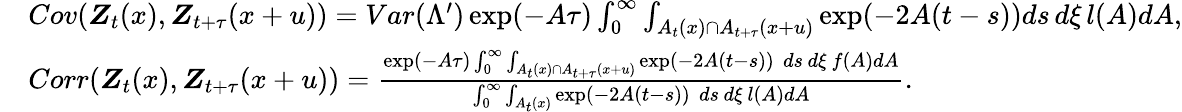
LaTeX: \begin{array}{rl}&{Cov(\boldsymbol{Z}_{t}(x),\boldsymbol{Z}_{t+\tau}(x+u))=Var(\Lambda^{\prime})\exp(-A\tau)\int_{0}^{\infty}\int_{A_{t}(x)\cap A_{t+\tau}(x+u)}\exp(-2A(t-s))ds\, d\xi\, l(A)dA,}\\ &{Corr(\boldsymbol{Z}_{t}(x),\boldsymbol{Z}_{t+\tau}(x+u))=\frac{\exp(-A\tau)\int_{0}^{\infty}\int_{A_{t}(x)\cap A_{t+\tau}(x+u)}\exp(-2A(t-s))\, \, ds\, d\xi\, f(A)dA}{\int_{0}^{\infty}\int_{A_{t}(x)}\exp(-2A(t-s))\, \, ds\, d\xi\, l(A)dA}.}\end{array}